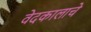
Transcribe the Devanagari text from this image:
वेदकालाचे